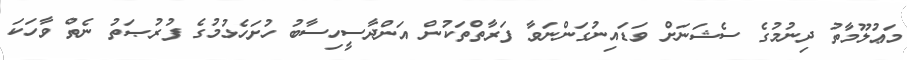
މަޢުލޫމާތު ދިނުމުގެ ސެޝަނަށް ވަޑައިނުގަންނަވާ ފަރާތްތަކުން އަންދާސީހިސާބު ހުށަހެޅުމުގެ ފުރުޞަތު ނެތް ވާހަކަ